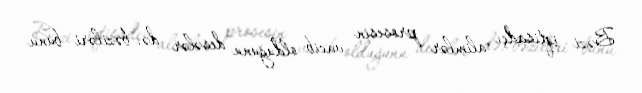
Bəzi iqtisadçı alimlər prosesin vacib olduğunu desələr də, bəziləri bunu